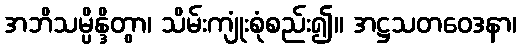
အဘိသမ္ပိန္ဒိတွာ၊ သိမ်းကျုံးစုံစည်း၍။ အဋ္ဌသတဝေဒနာ၊